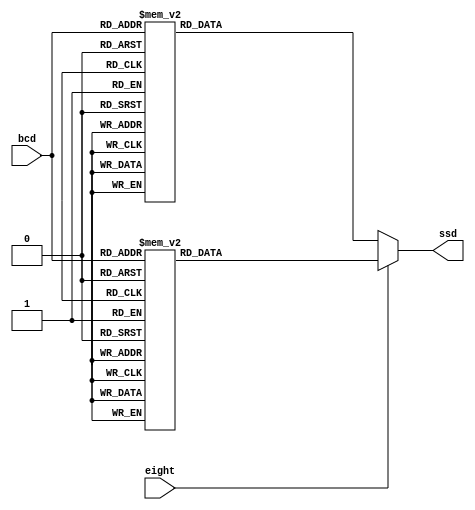
`timescale 1ns / 1ps
//////////////////////////////////////////////////////////////////////////////////
// Company: 
// Engineer: 
// 
// Design Name: 
// Module Name: sevenSegmentDecoder
// Project Name: 
// Target Devices: 
// Tool Versions: 
// Description: 
// 
// Dependencies: 
// 
// Revision:
// Revision 0.01 - File Created
// Additional Comments:
// 
//////////////////////////////////////////////////////////////////////////////////


module sevenSegmentDecoder(
    input wire [3:0] bcd,
    input wire eight,
    output reg [7:0] ssd
    );
    
    always @(*) begin
        if (eight == 1) begin        //when parameter eight is 1, the bcd is for HSB, it has dot.Otherwise, the bcd does not have dot. 
            case(bcd)
                4'd0 : ssd = 8'b00000010;
                4'd1 : ssd = 8'b10011110;
                4'd2 : ssd = 8'b00100100;
                4'd3 : ssd = 8'b00001100;
                4'd4 : ssd = 8'b10011000;
                4'd5 : ssd = 8'b01001000;
                4'd6 : ssd = 8'b01000000;
                4'd7 : ssd = 8'b00011110;
                4'd8 : ssd = 8'b00000000;
                4'd9 : ssd = 8'b00001000;
                default : ssd = 8'b11111110;
            endcase
        end else  begin
            case(bcd)
                4'd0 : ssd = 8'b00000011;
                4'd1 : ssd = 8'b10011111;
                4'd2 : ssd = 8'b00100101;
                4'd3 : ssd = 8'b00001101;
                4'd4 : ssd = 8'b10011001;
                4'd5 : ssd = 8'b01001001;
                4'd6 : ssd = 8'b01000001;
        4'd7 : ssd = 8'b00011111;
        4'd8 : ssd = 8'b00000001;
        4'd9 : ssd = 8'b00001001;
        4'd10: ssd = 8'b01110001;
        4'd11: ssd = 8'b00010001;
        4'd12: ssd = 8'b11110011;
        4'd13: ssd = 8'b11100011;
        4'd14: ssd = 8'b11111101;
        4'd15: ssd = 8'b11111111;
        default : ssd = 8'b11111111;
      endcase
      end
    end
endmodule